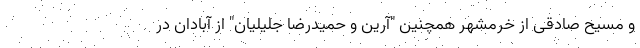
و مسیح صادقی از خرمشهر همچنین "آرین و حمیدرضا جلیلیان" از آبادان در